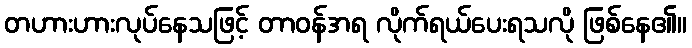
တဟားဟားလုပ်နေသဖြင့် တာဝန်အရ လိုက်ရယ်ပေးရသလို ဖြစ်နေ၏။